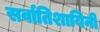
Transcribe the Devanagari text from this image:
सर्वातिशायिनी